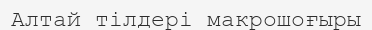
Алтай тілдері макрошоғыры